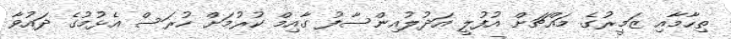
ތިހާމާއި ޒަމީރުގެ މައްޗަށް އުފުލީ އަދުލުއިންސާފު ގާއިމް ކުރުމަށް ހުރަސް އެޅުމުގެ ދައުވާ